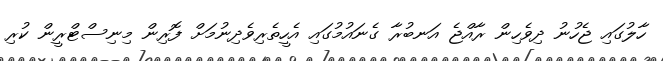
ހާލުގައި ޖެހުނު ދިވެހިން ރާއްޖެ އަނބުރާ ގެނައުމުގައި އެހީތެރިވެދިނުމަށް ފޮރިން މިނިސްޓްރީން ކުރި